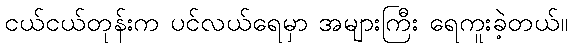
ငယ်ငယ်တုန်းက ပင်လယ်ရေမှာ အများကြီး ရေကူးခဲ့တယ်။